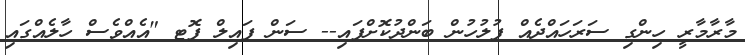
މާރާމާރީ ހިންގި ސަރަހައްދެއް ފުލުހުން ބަންދުކޮށްފައި-- ސަން ފައިލް ފޮޓ "އެއްވެސް ހާލެއްގައި